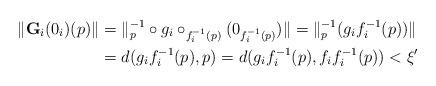
LaTeX: \begin{align*} \Vert \textbf{G}_{i}(0_{i})(p) \Vert &= \Vert _{p}^{-1}\circ g_{i}\circ _{f_{i}^{-1}(p)}(0_{f_{i}^{-1}(p)} )\Vert =\Vert _{p}^{-1}( g_{i} f_{i}^{-1}(p) )\Vert\\&= d ( g_{i} f_{i}^{-1}(p),p)= d ( g_{i} f_{i}^{-1}(p),f_{i} f_{i}^{-1}(p))<\xi^{\prime}\end{align*}